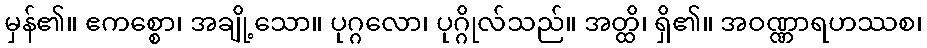
မှန်၏။ ဧကစ္စော၊ အချို့သော။ ပုဂ္ဂလော၊ ပုဂ္ဂိုလ်သည်။ အတ္ထိ၊ ရှိ၏။ အဝဏ္ဏာရဟဿစ၊